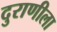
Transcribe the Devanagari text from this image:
दुराणीला